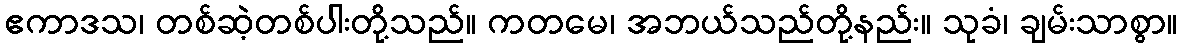
ဧကာဒသ၊ တစ်ဆဲ့တစ်ပါးတို့သည်။ ကတမေ၊ အဘယ်သည်တို့နည်း။ သုခံ၊ ချမ်းသာစွာ။